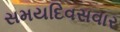
સમયદિવસવાર